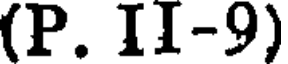
(P. II-9)